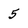
Character: 5